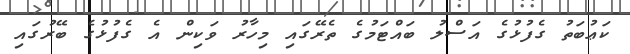
ކަޢުބަތު ގެފުޅުގެ އަސްލު ބައްޓަމުގެ ތެރޭގައި މިހާރު ވަކިން އެ ގެފުޅުގެ ބޭރުގައި